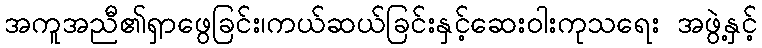
အကူအညီ၏ရှာဖွေခြင်း၊ကယ်ဆယ်ခြင်းနှင့်ဆေးဝါးကုသရေး အဖွဲ့နှင့်